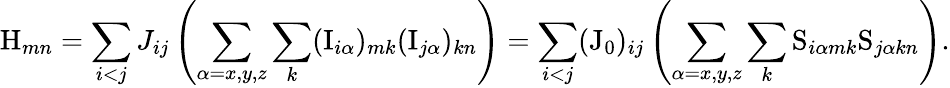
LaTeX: \mathrm{H}_{mn}=\sum_{i<j}J_{ij}\left(\sum_{\alpha=x,y,z}\sum_{k}(\mathrm{I}_{i\alpha})_{mk}(\mathrm{I}_{j\alpha})_{kn}\right)=\sum_{i<j}(\mathrm{J}_{0})_{ij}\left(\sum_{\alpha=x,y,z}\sum_{k}\mathrm{S}_{i\alpha mk}\mathrm{S}_{j\alpha kn}\right).